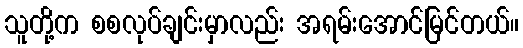
သူတို့က စစလုပ်ချင်းမှာလည်း အရမ်းအောင်မြင်တယ်။